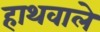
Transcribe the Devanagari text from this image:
हाथवाले